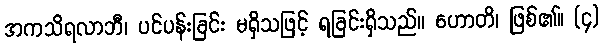
အကသိရလာဘီ၊ ပင်ပန်းခြင်း မရှိသဖြင့် ရခြင်းရှိသည်။ ဟောတိ၊ ဖြစ်၏။ (၄)